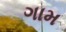
ગામ